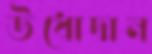
উধোদান